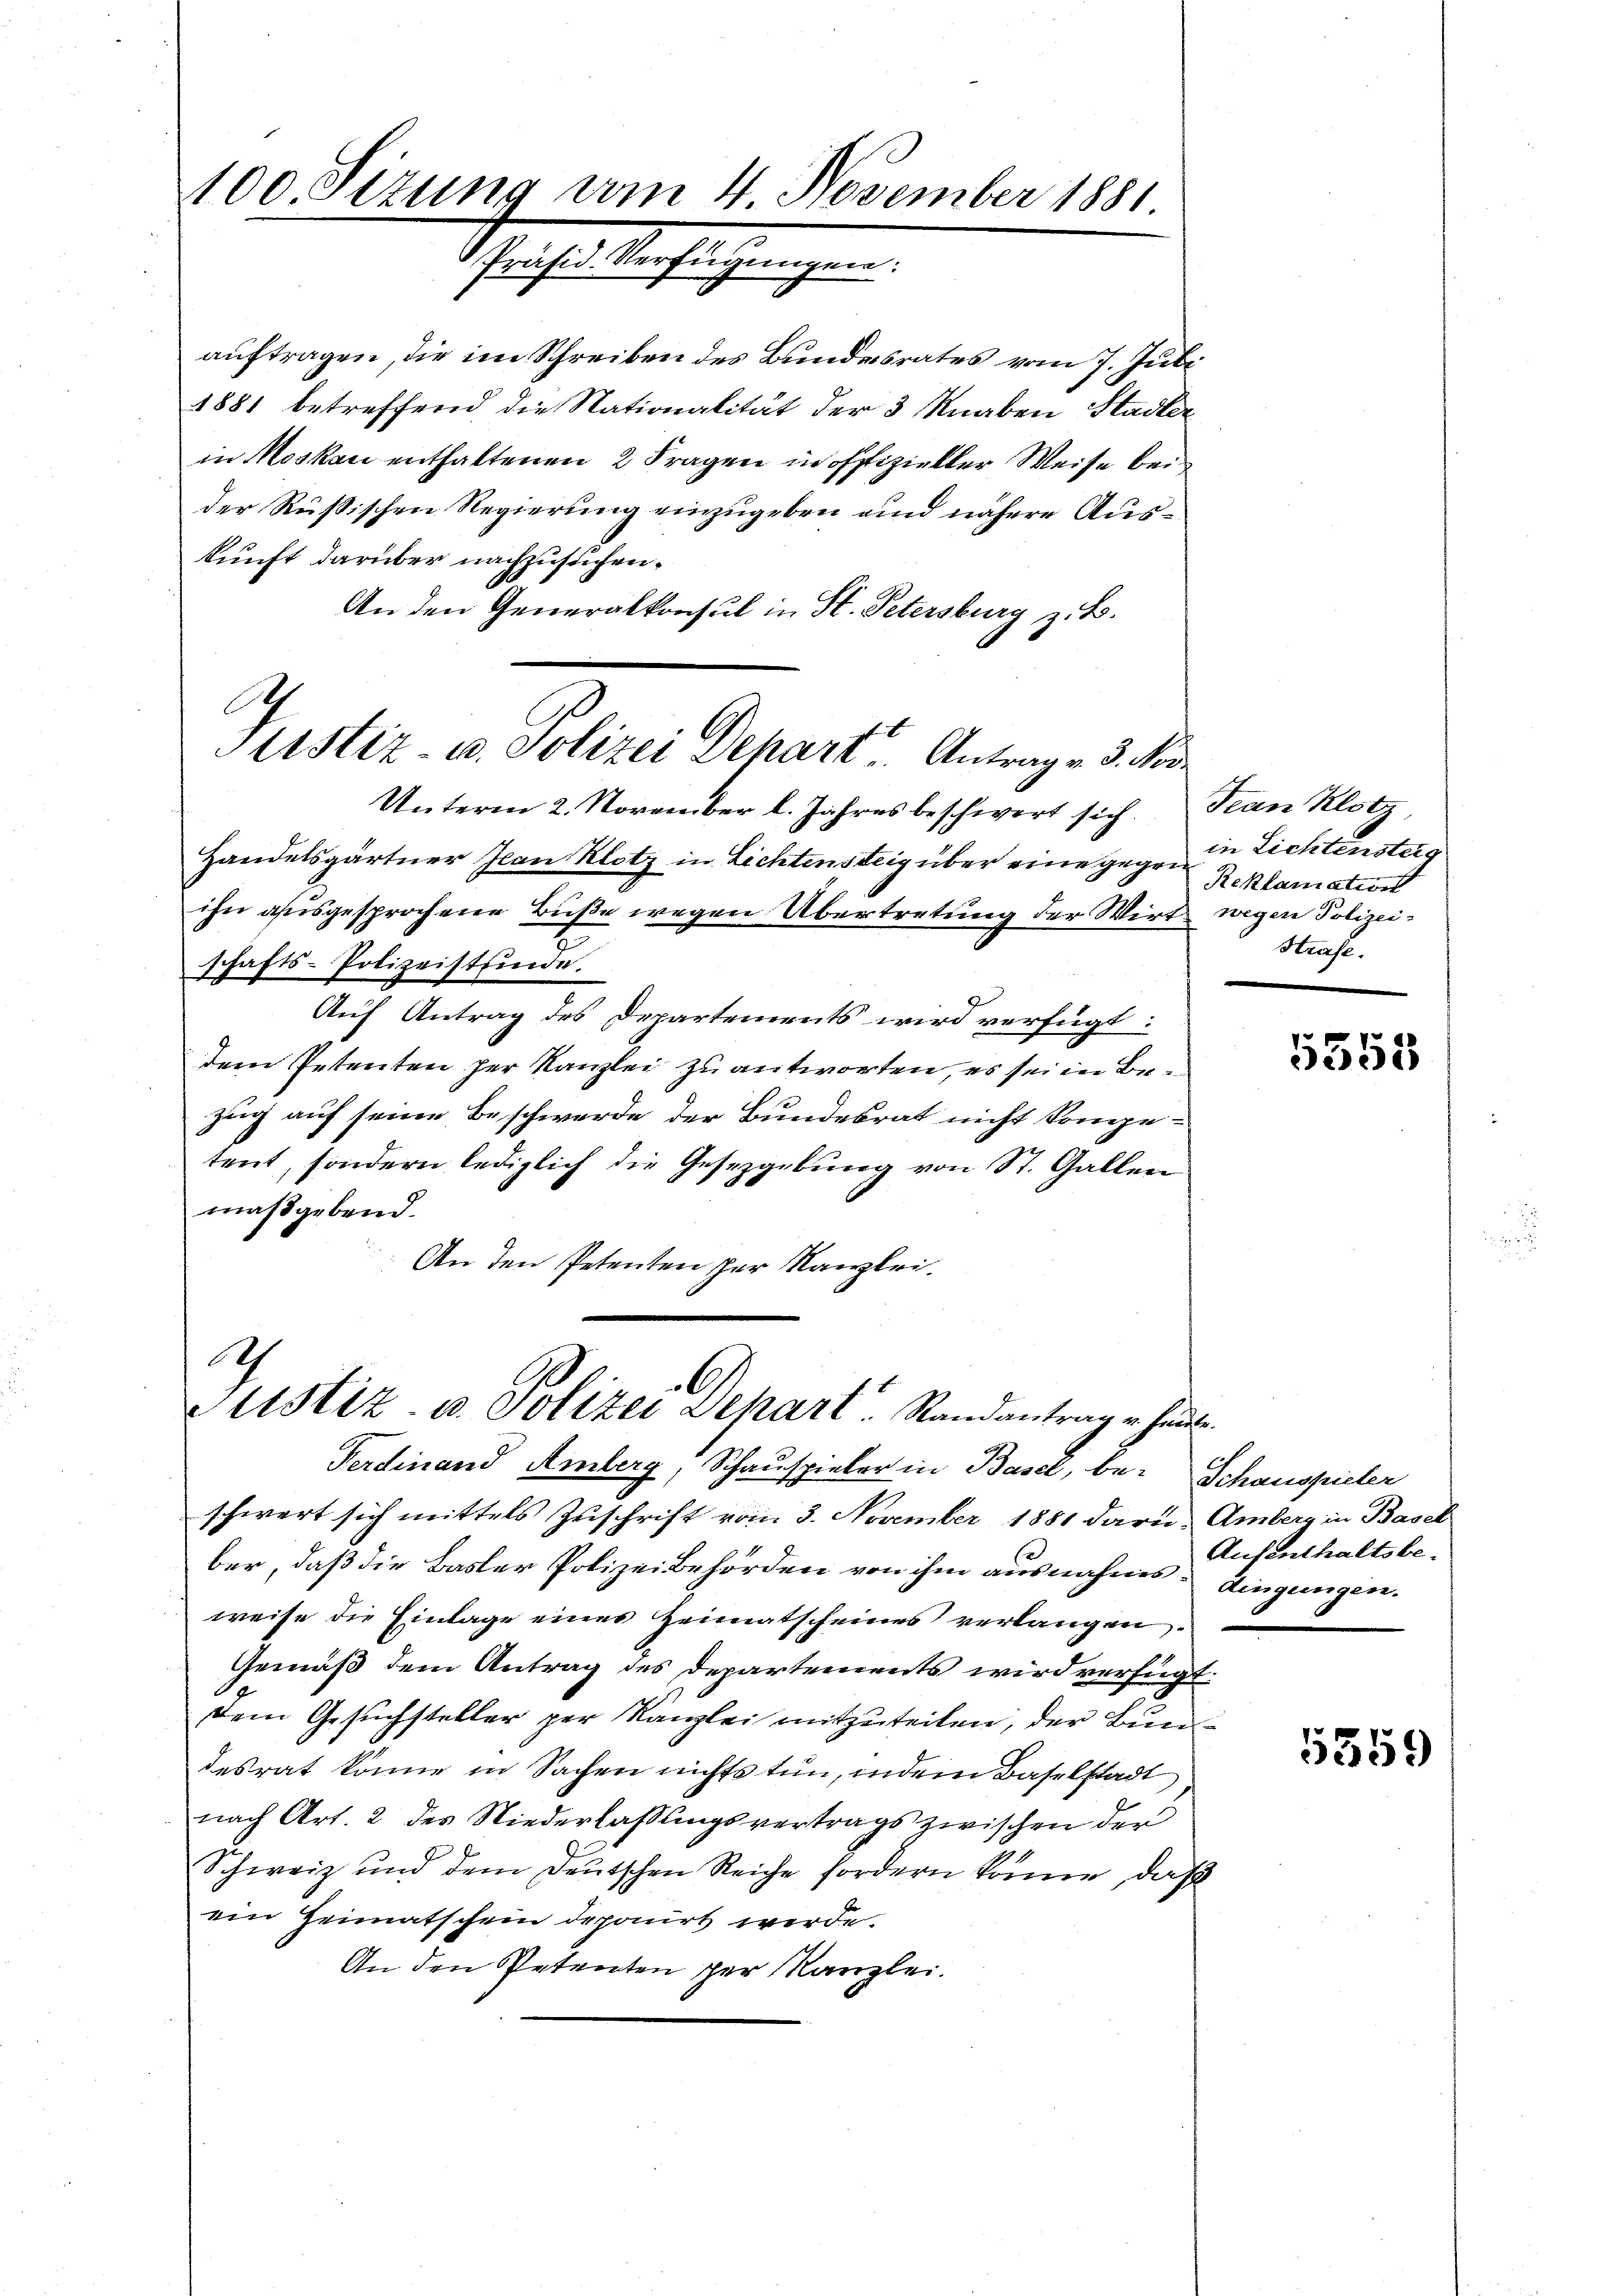
100. Sizung vom 4. November 1881
Schrift verfügungen.

auftragen, die im Schreiben des Bundesrates vom 7. Juli
1881 betreffend die Nationalität der 3 Knaben Stadler
in Moskau enthaltenen 2 Fragen in offizieller Weise bei
der Rußischen Regierung einzugeben und nähere Auskunft darüber nachzusuchen.
An den Generalkonsul in St. Petersburg z. B.

A
ustiz- u. Polizei Depart u. Antrag v. 3. Nov

Unterm 2. November l. Jahres beschwert sich. Jean Klotz
Handelsgärtner Jean Klotz in Lichtensteig über eine gegen der Lichtenster
ihn ausgesprochene Buße wegen Übertretung der Wirt wegen Polizeischafts-Polizeistunde.
Auf Antrag des Departements wird verfügt:
dem Petenten per Kanzlei zu antworten, es sei in Bezug auf seine Beschwerde der Bundesrat nicht konge-
tent, sondern lediglich die Gesetzgebung von St. Gallen
maßgebend.
An den Petenten zur Kanzlei¬

I
6
Justiz- u. Polizei Schart Randantrag er heute.
Ferdinand Amberg, Schauspieler in Basel, be- Schauspieler

schwert sich mittels Zuschrift vom 3. November 1881 daru. Amberg in Basel
ber, daß die Basler Polizei Behörden von ihm ausnahms dingungen.
weise die Einlage eines Heimatscheines verlangen.
Gemäß dem Antrag des Departements wird verfügt:
dem Gesuchsteller per Kanzlei mitzuteilen, der Bundesrat könne in Sachen nichts tun, indem Baselstadt
nach Art. 2 des Niederlaßungsvertrags zwischen der
Schweiz und dem Deutschen Reiche fordern könne, daß
ein Heimatschein deponirt werde.
An den Petenten per Kanzlei.

Reklamation
Hrase.

5355

Aufenthaltsbe¬

5359